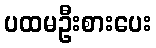
ပထမဦးစားပေး